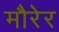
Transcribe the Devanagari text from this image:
मौरेर